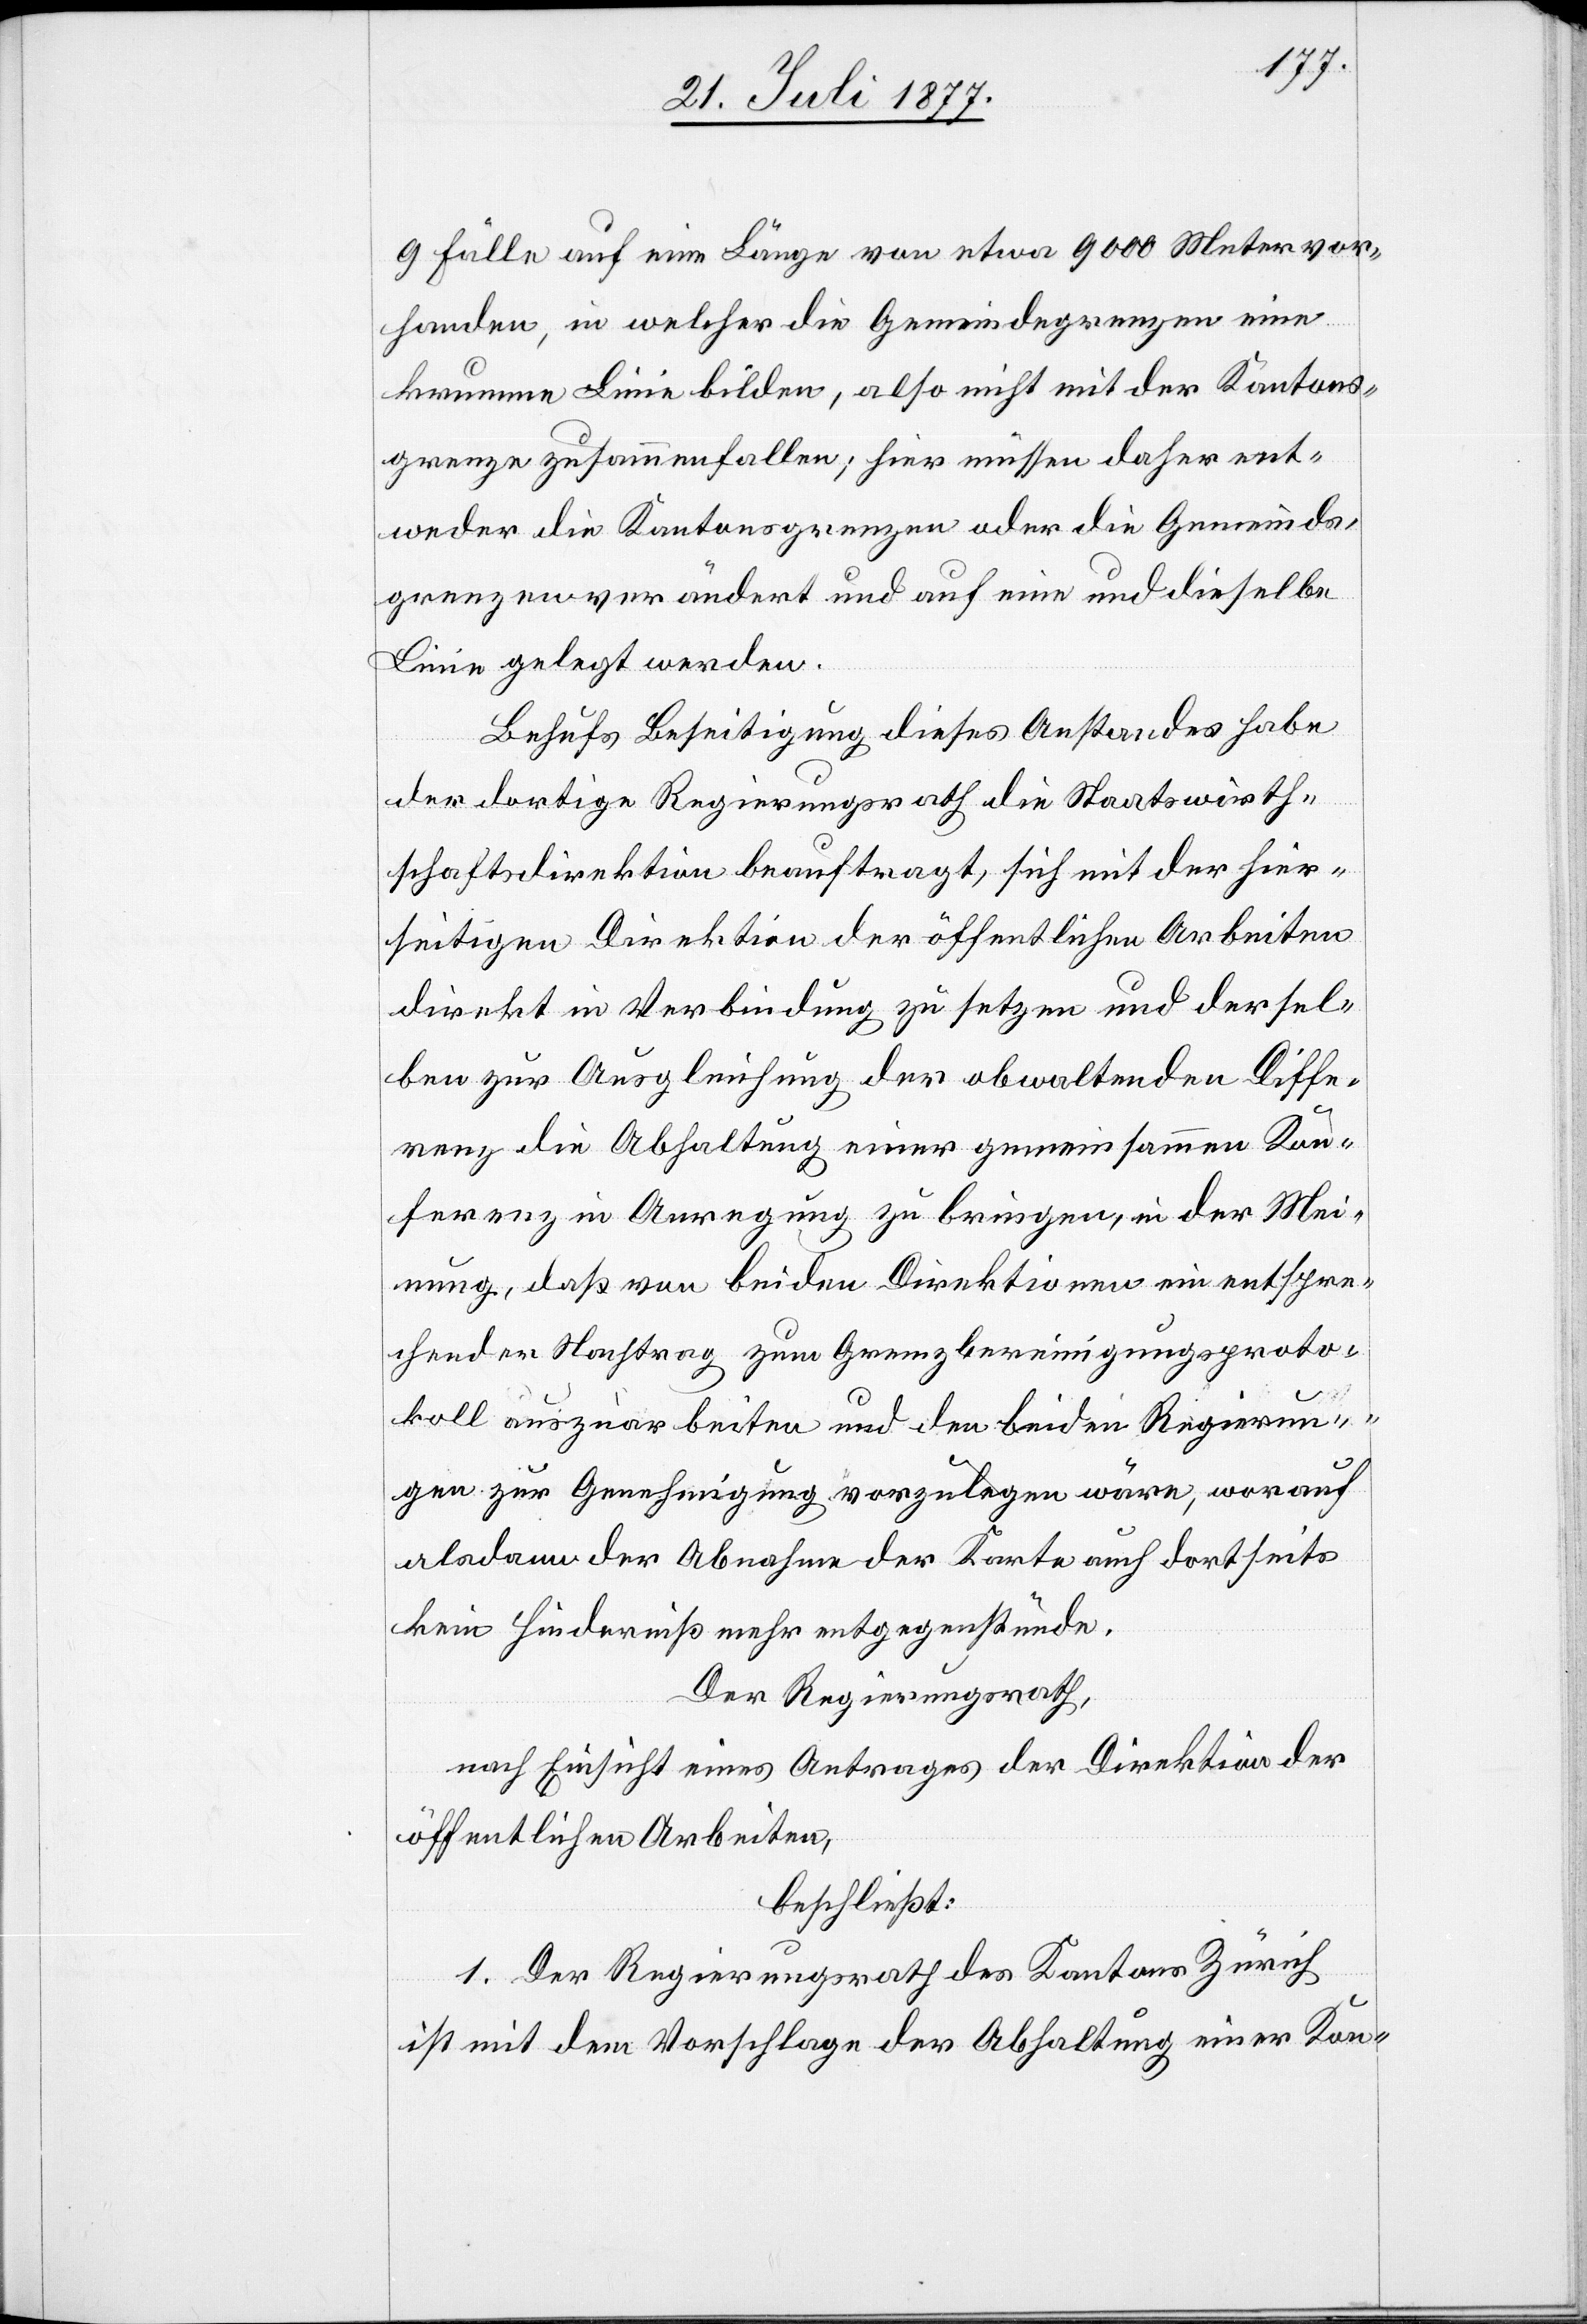
9 Fälle auf eine Länge von etwa 9000 Meter vor¬
handen, in welcher die Gemeindegrenzen eine
krumme Linie bilden, also nicht mit der Kantons¬
grenze zusammenfallen; hier müssen daher ent¬
weder die Kantonsgrenzen oder die Gemeinds¬
grenzen verändert und auf eine und dieselbe
Linie gelegt werden.
Behufs Beseitigung dieses Anstandes habe
der dortige Regierungsrath die Staatswirth¬
schaftsdirektion beauftragt, sich mit der hier¬
seitigen Direktion der öffentlichen Arbeiten
direkt in Verbindung zu setzen und dersel¬
ben zur Ausgleichung der obwaltenden Diffe¬
renz die Abhaltung einer gemeinsammen Kon¬
ferenz in Anregung zu bringen, in der Mei¬
nung, daß von beiden Direktionen ein entspre¬
chender Nachtrag zum Grenzbereinigungsproto¬
koll auszuarbeiten und den beiden Regierun¬
gen zur Genehmigung vorzulegen wäre, worauf
alsdann der Abnahme der Karte auch dortseits
kein Hinderniß mehr entgegenstünde.
Der Regierungsrath,
nach Einsicht eines Antrages der Direktion der
öffentlichen Arbeiten,
beschließt:
1. Der Regierungsrath des Kantons Zürich
ist mit dem Vorschlage der Abhaltung einer Kon-